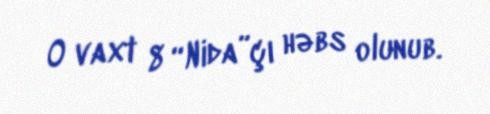
O vaxt 8 “Nida”çı həbs olunub.